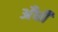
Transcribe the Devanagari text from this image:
अँधी